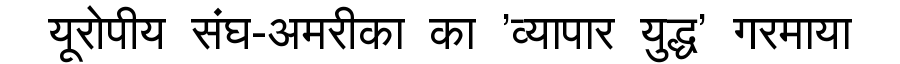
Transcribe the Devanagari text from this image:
यूरोपीय संघ-अमरीका का 'व्यापार युद्ध' गरमाया